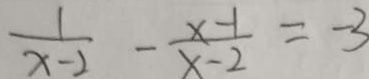
\frac { 1 } { x - 2 } - \frac { x - 1 } { x - 2 } = - 3